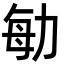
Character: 勄